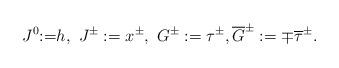
LaTeX: \begin{align*}J^0{:=}h,~J^{\pm}:=x^{\pm}, ~G^{\pm}:=\tau^{\pm},\overline{G}^{\pm}:=\mp \overline{\tau}^{\pm}.\end{align*}